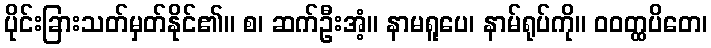
ပိုင်းခြားသတ်မှတ်နိုင်၏။ စ၊ ဆက်ဦးအံ့။ နာမရူပေ၊ နာမ်ရုပ်ကို။ ဝဝတ္ထပိတေ၊